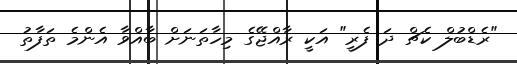
"ރެޑްބުލް ކެޗް ދަ ފެރީ" އަކީ ރާއްޖޭގެ މިހާތަނަށް ބާއްވާ އެންމެ ތަފާތު